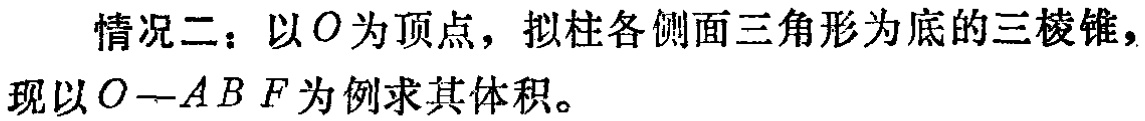
情况二：以\(O\)为顶点，拟柱各侧面三角形为底的三棱锥，
现以\(O - ABF\)为例求其体积。